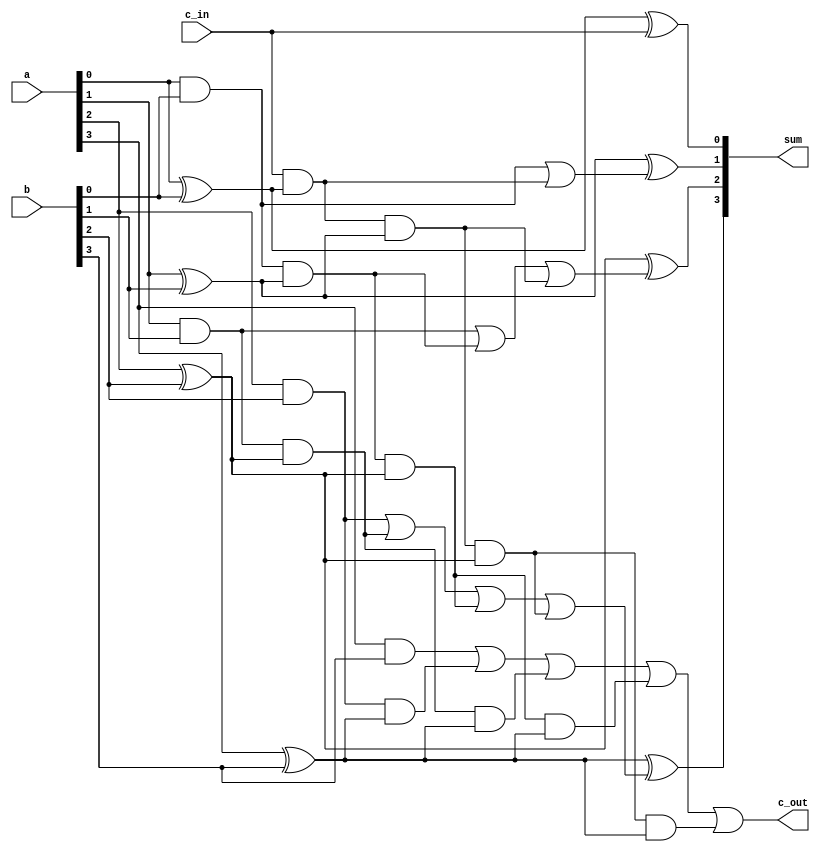
`timescale 1ns / 1ps
//////////////////////////////////////////////////////////////////////////////////
// Company: 
// Engineer: 
// 
// Design Name: 
// Module Name: FourBitCLAdder
// Project Name: 
// Target Devices: 
// Tool Versions: 
// Description: 
// 
// Dependencies: 
// 
// Revision:
// Revision 0.01 - File Created
// Additional Comments:
// 
//////////////////////////////////////////////////////////////////////////////////


module FourBitCLAdder(
    input               c_in,
    input   [3:0]       a,
    input   [3:0]       b,
    output  [3:0]       sum,
    output              c_out

);

    wire [3:0] gen;
    wire [3:0] prop;
    wire [3:0] carry;
    
    assign gen[3:0]= {(a[3]&b[3]), (a[2]&b[2]), (a[1]&b[1]), (a[0]&b[0])};
    assign prop[3:0]= {(a[3]^b[3]), (a[2]^b[2]), (a[1]^b[1]), (a[0]^b[0])};
    
    assign carry[3:0]={((gen[3])|(gen[2]&prop[3])|(gen[1]&prop[2]&prop[3])|(gen[0]&prop[1]&prop[2]&prop[3])|(c_in&prop[0]&prop[1]&prop[2]&prop[3])),
                       ((gen[2])|(gen[1]&prop[2])|(gen[0]&prop[1]&prop[2])|(c_in&prop[0]&prop[1]&prop[2])),
                       ((gen[1])|(gen[0]&prop[1])|(c_in&prop[0]&prop[1])),
                       ((gen[0])|(prop[0]&c_in))
                       };
    assign sum[3:0]={(a[3]^b[3]^carry[2]),
                     (a[2]^b[2]^carry[1]),
                     (a[1]^b[1]^carry[0]),
                     (a[0]^b[0]^c_in)};
    //assign sum[4] = carry[3];
    assign c_out = carry[3];
endmodule